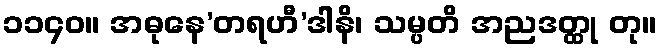
၁၁၄၀။ အဓုနေ’တရဟီ’ဒါနိ၊ သမ္ပတိ အညဒတ္ထု တု။